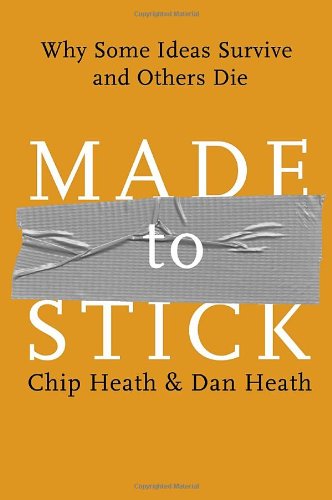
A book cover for Made to Stick: Why Some Ideas Survive and Others Die; Chip Heath; Self-Help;